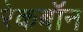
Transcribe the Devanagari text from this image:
रेकबॉन